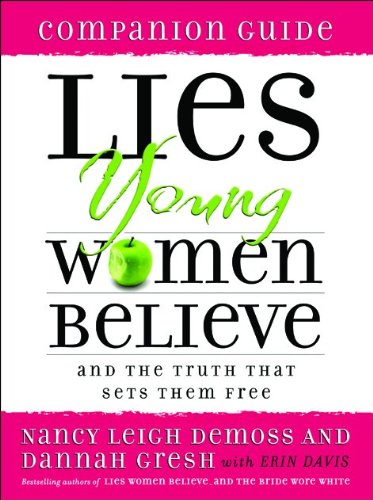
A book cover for Lies Young Women Believe Companion Guide: And the Truth that Sets Them Free; Nancy Leigh DeMoss; Christian Books & Bibles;